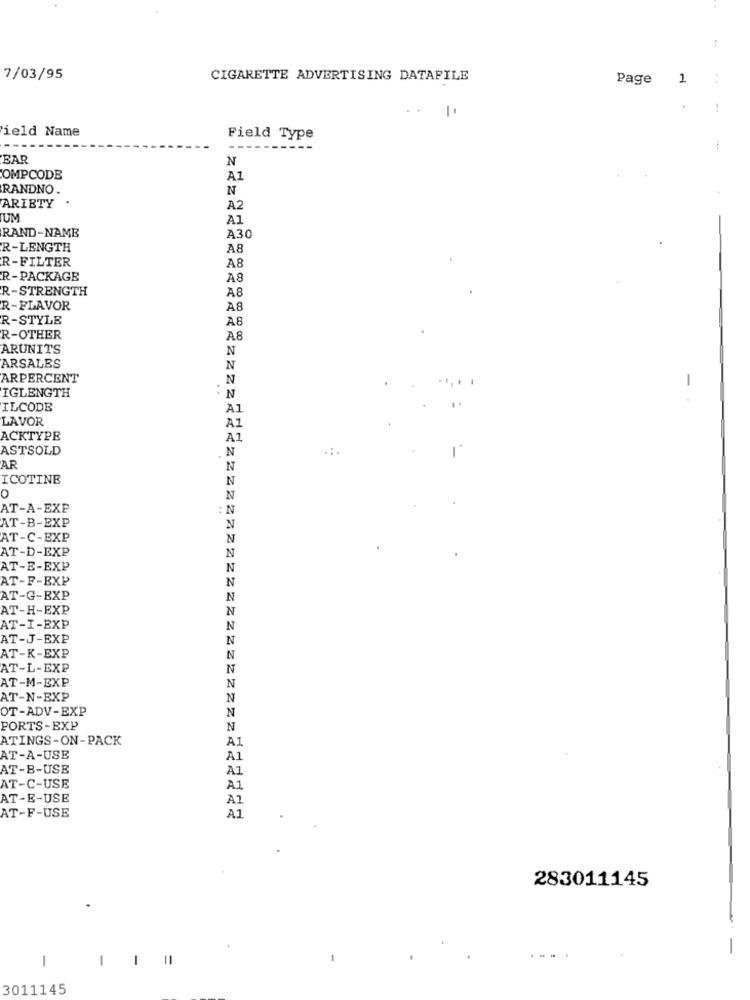
7/03/95
CIGARETTE ADVERTISING DATAFILE
Page 1
+ -
1.
ield Name
Field Type
BAR
N
OMPCODE
A1
RANDNO
N
ARIETY
A2
JUM
A1
RAND-NAME
A30
R-LENGTH
A8
R-FILTER
A8
R -PACKAGE
A8
R-STRENGTH
A8
R-FLAVOR
A8
R-STYLE
A8
R-OTHER
A8
ARUNITS
N
ARSALES
N
ARPERCENT
N
IGLENGTH
-
N
ILCODE
A1
LAVOR
A1
ACKTYPE
A1
ASTSOLD
N
AR
N
ICOTINE
N
0
N
AT-A-EXE
: N
AT-B-EXP
N
AT-C-EXP
N
AT-D-EXP
N
AT-E-EXP
N
AT-F-EXP
N
AT-G-EXP
N
AT-H-EXP
N
AT-I-EXP
N
AT-J-EXP
N
AT-K-EXP
N
AT-L-EXP
N
AT-M-EXP
N
AT-N-EXP
N
OT-ADV-EXP
N
PORTS-EXP
N
ATINGS-ON-PACK
A1
AT-A-USE
A1
AT-B-USE
A1
AT-C-USE
A1
AT-E-USE
A1
A1
AT-F-USE
283011145
1
-
-
3011145